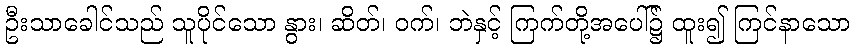
ဦးသာခေါင်သည် သူပိုင်သော နွား၊ ဆိတ်၊ ဝက်၊ ဘဲနှင့် ကြက်တို့အပေါ်၌ ထူး၍ ကြင်နာသော